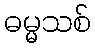
ဓမ္မသစ်